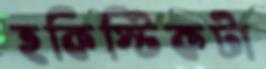
হকিস্টিকটা